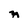
Character: n